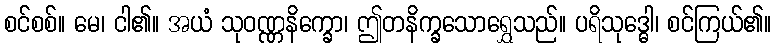
စင်စစ်။ မေ၊ ငါ၏။ အယံ သုဝဏ္ဏနိက္ခော၊ ဤတနိက္ခသောရွှေသည်။ ပရိသုဒ္ဓေါ၊ စင်ကြယ်၏။